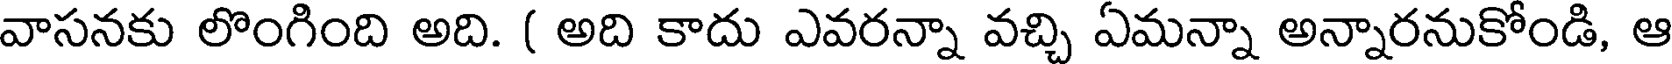
వాసనకు లొంగింది అది. ( అది కాదు ఎవరన్నా వచ్చి ఏమన్నా అన్నారనుకోండి, ఆ